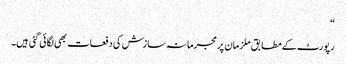
“
رپورٹ کے مطابق ملزمان پر مجرمانہ سازش کی دفعات بھی لگائی گئی ہیں۔